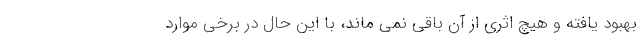
بهبود یافته و هیچ اثری از آن باقی نمی ماند، با این حال در برخی موارد